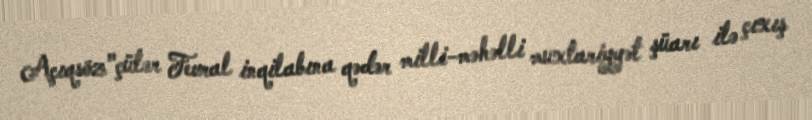
Açıqsöz"çülər Fevral inqilabına qədər milli-məhəlli muxtariyyət şüarı ilə çıxış